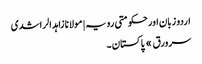
اردو زبان اور حکومتی رویہ | مولانا زاہد الراشدی
سرورق » پاکستان ۔